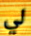
لي